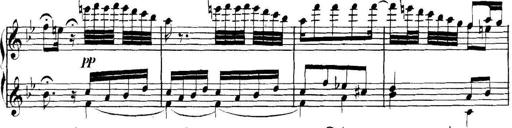
Title: Collected Piano Sonatas
Composer: Muzio Clementi